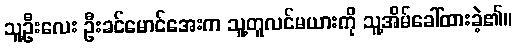
သူ့ဦးလေး ဦးခင်မောင်အေးက သူ့တူလင်မယားကို သူ့အိမ်ခေါ်ထားခဲ့၏။